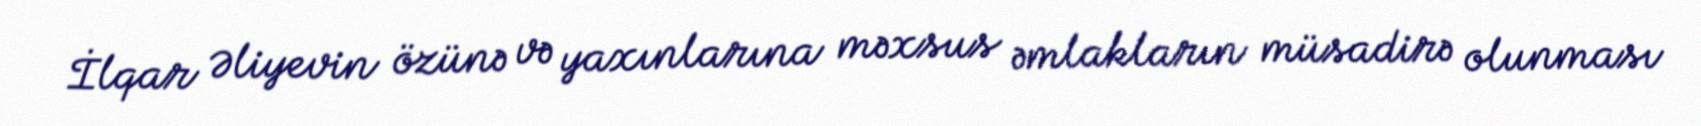
İlqar Əliyevin özünə və yaxınlarına məxsus əmlakların müsadirə olunması